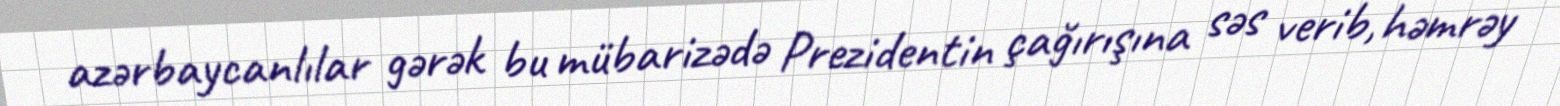
azərbaycanlılar gərək bu mübarizədə Prezidentin çağırışına səs verib, həmrəy